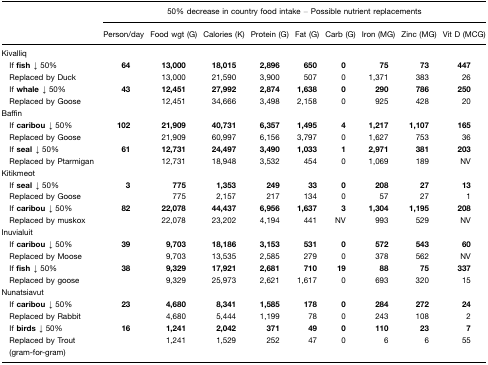
<table><thead><tr><td></td><td colspan="9"><b>50% decrease in country food intake – Possible nutrient replacements</b></td></tr><tr><td></td><td><b>Person/day</b></td><td><b>Food wgt (G)</b></td><td><b>Calories (K)</b></td><td><b>Protein (G)</b></td><td><b>Fat (G)</b></td><td><b>Carb (G)</b></td><td><b>Iron (MG)</b></td><td><b>Zinc (MG)</b></td><td><b>Vit D (MCG)</b></td></tr></thead><tbody><tr><td>Kivalliq</td><td></td><td></td><td></td><td></td><td></td><td></td><td></td><td></td><td></td></tr><tr><td> If <b>fish</b> ↓ 50%</td><td><b>64</b></td><td><b>13,000</b></td><td><b>18,015</b></td><td><b>2,896</b></td><td><b>650</b></td><td><b>0</b></td><td><b>75</b></td><td><b>73</b></td><td><b>447</b></td></tr><tr><td> Replaced by Duck</td><td></td><td>13,000</td><td>21,590</td><td>3,900</td><td>507</td><td>0</td><td>1,371</td><td>383</td><td>26</td></tr><tr><td> If <b>whale</b> ↓ 50%</td><td><b>43</b></td><td><b>12,451</b></td><td><b>27,992</b></td><td><b>2,874</b></td><td><b>1,638</b></td><td><b>0</b></td><td><b>290</b></td><td><b>786</b></td><td><b>250</b></td></tr><tr><td> Replaced by Goose</td><td></td><td>12,451</td><td>34,666</td><td>3,498</td><td>2,158</td><td>0</td><td>925</td><td>428</td><td>20</td></tr><tr><td>Baffin</td><td></td><td></td><td></td><td></td><td></td><td></td><td></td><td></td><td></td></tr><tr><td> If <b>caribou</b> ↓ 50%</td><td><b>102</b></td><td><b>21,909</b></td><td><b>40,731</b></td><td><b>6,357</b></td><td><b>1,495</b></td><td><b>4</b></td><td><b>1,217</b></td><td><b>1,107</b></td><td><b>165</b></td></tr><tr><td> Replaced by Goose</td><td></td><td>21,909</td><td>60,997</td><td>6,156</td><td>3,797</td><td>0</td><td>1,627</td><td>753</td><td>36</td></tr><tr><td> If <b>seal</b> ↓ 50%</td><td><b>61</b></td><td><b>12,731</b></td><td><b>24,497</b></td><td><b>3,490</b></td><td><b>1,033</b></td><td><b>1</b></td><td><b>2,971</b></td><td><b>381</b></td><td><b>203</b></td></tr><tr><td> Replaced by Ptarmigan</td><td></td><td>12,731</td><td>18,948</td><td>3,532</td><td>454</td><td>0</td><td>1,069</td><td>189</td><td>NV</td></tr><tr><td>Kitikmeot</td><td></td><td></td><td></td><td></td><td></td><td></td><td></td><td></td><td></td></tr><tr><td> If <b>seal</b> ↓ 50%</td><td><b>3</b></td><td><b>775</b></td><td><b>1,353</b></td><td><b>249</b></td><td><b>33</b></td><td><b>0</b></td><td><b>208</b></td><td><b>27</b></td><td><b>13</b></td></tr><tr><td> Replaced by Goose</td><td></td><td>775</td><td>2,157</td><td>217</td><td>134</td><td>0</td><td>57</td><td>27</td><td>1</td></tr><tr><td> If <b>caribou</b> ↓ 50%</td><td><b>82</b></td><td><b>22,078</b></td><td><b>44,437</b></td><td><b>6,956</b></td><td><b>1,637</b></td><td><b>3</b></td><td><b>1,304</b></td><td><b>1,195</b></td><td><b>208</b></td></tr><tr><td> Replaced by muskox</td><td></td><td>22,078</td><td>23,202</td><td>4,194</td><td>441</td><td>NV</td><td>993</td><td>529</td><td>NV</td></tr><tr><td>Inuvialuit</td><td></td><td></td><td></td><td></td><td></td><td></td><td></td><td></td><td></td></tr><tr><td> If <b>caribou</b> ↓ 50%</td><td><b>39</b></td><td><b>9,703</b></td><td><b>18,186</b></td><td><b>3,153</b></td><td><b>531</b></td><td><b>0</b></td><td><b>572</b></td><td><b>543</b></td><td><b>60</b></td></tr><tr><td> Replaced by Moose</td><td></td><td>9,703</td><td>13,535</td><td>2,585</td><td>279</td><td>0</td><td>378</td><td>562</td><td>NV</td></tr><tr><td> If <b>fish</b> ↓ 50%</td><td><b>38</b></td><td><b>9,329</b></td><td><b>17,921</b></td><td><b>2,681</b></td><td><b>710</b></td><td><b>19</b></td><td><b>88</b></td><td><b>75</b></td><td><b>337</b></td></tr><tr><td> Replaced by goose</td><td></td><td>9,329</td><td>25,973</td><td>2,621</td><td>1,617</td><td>0</td><td>693</td><td>320</td><td>15</td></tr><tr><td>Nunatsiavut</td><td></td><td></td><td></td><td></td><td></td><td></td><td></td><td></td><td></td></tr><tr><td> If <b>caribou</b> ↓ 50%</td><td><b>23</b></td><td><b>4,680</b></td><td><b>8,341</b></td><td><b>1,585</b></td><td><b>178</b></td><td><b>0</b></td><td><b>284</b></td><td><b>272</b></td><td><b>24</b></td></tr><tr><td> Replaced by Rabbit</td><td></td><td>4,680</td><td>5,444</td><td>1,199</td><td>78</td><td>0</td><td>243</td><td>108</td><td>2</td></tr><tr><td> If <b>birds</b> ↓ 50%</td><td><b>16</b></td><td><b>1,241</b></td><td><b>2,042</b></td><td><b>371</b></td><td><b>49</b></td><td><b>0</b></td><td><b>110</b></td><td><b>23</b></td><td><b>7</b></td></tr><tr><td> Replaced by Trout (gram-for-gram)</td><td></td><td>1,241</td><td>1,529</td><td>252</td><td>47</td><td>0</td><td>6</td><td>6</td><td>55</td></tr></tbody></table>